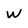
Character: W